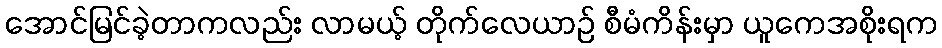
အောင်မြင်ခဲ့တာကလည်း လာမယ့် တိုက်လေယာဉ် စီမံကိန်းမှာ ယူကေအစိုးရက